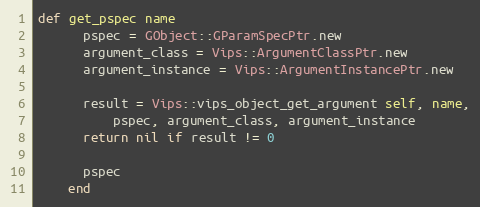
Language: Ruby
def get_pspec name
      pspec = GObject::GParamSpecPtr.new
      argument_class = Vips::ArgumentClassPtr.new
      argument_instance = Vips::ArgumentInstancePtr.new

      result = Vips::vips_object_get_argument self, name,
          pspec, argument_class, argument_instance
      return nil if result != 0

      pspec
    end